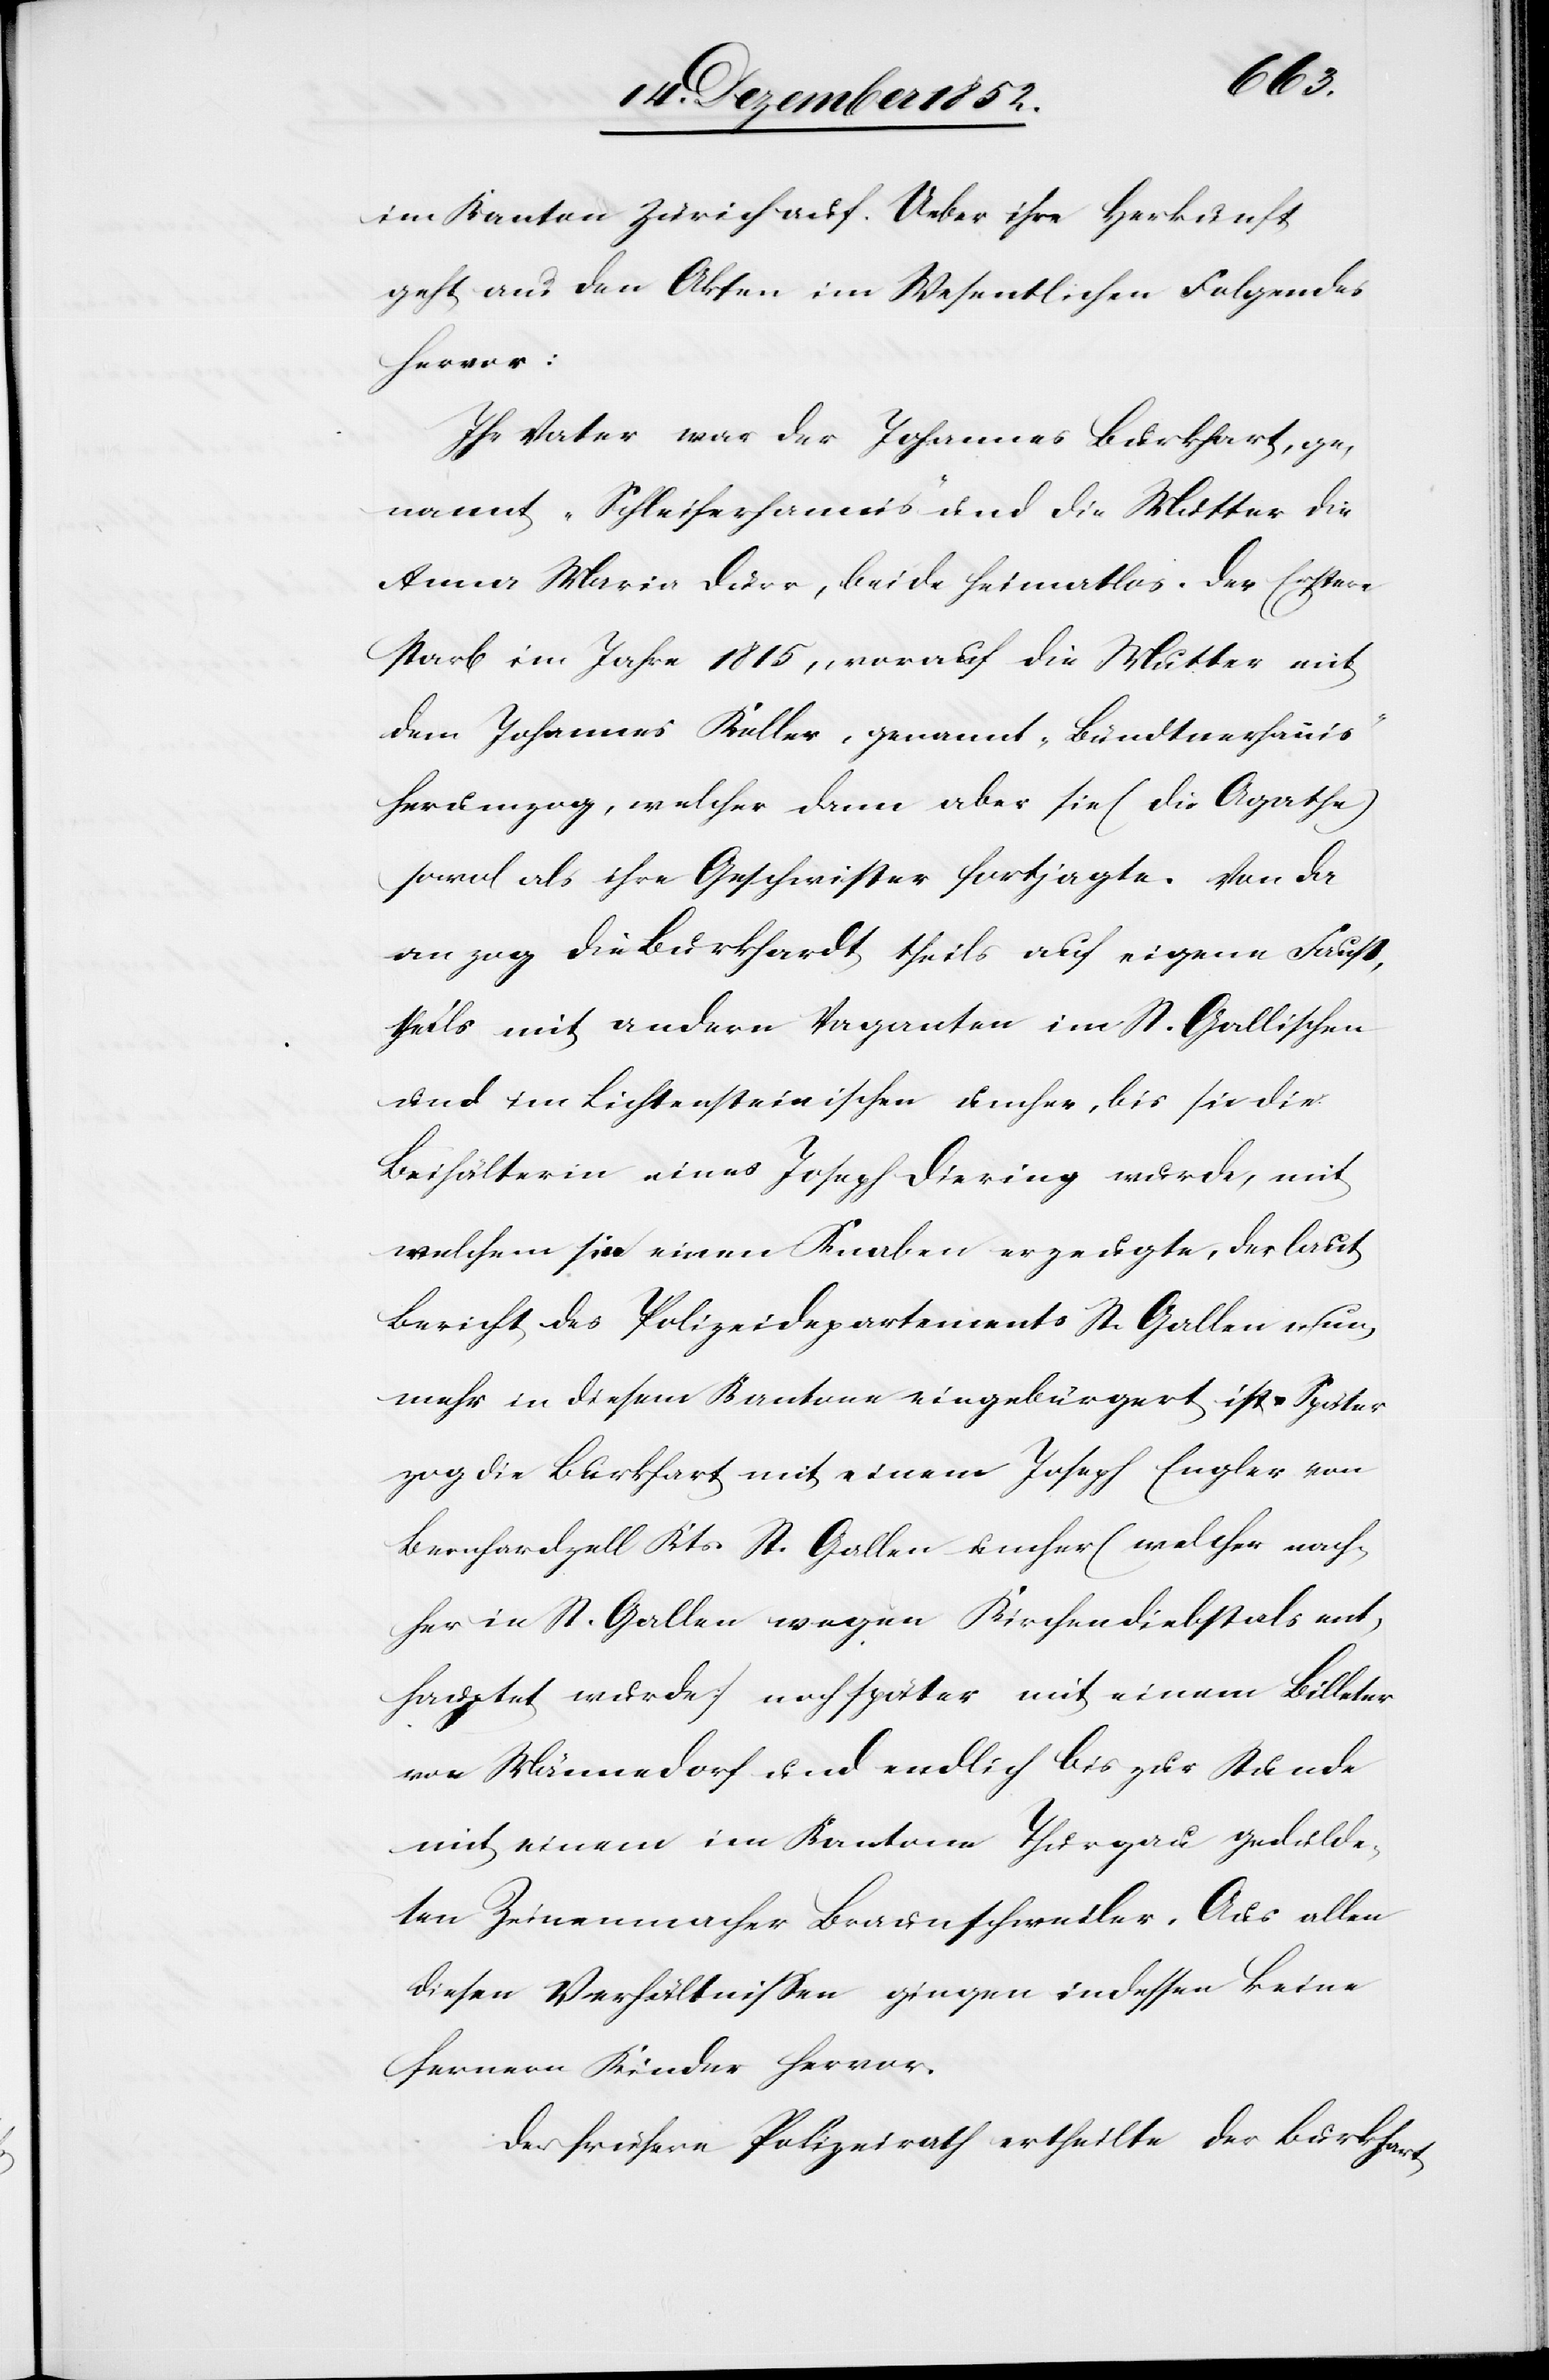
im Kanton Zürich auf. Ueber ihre Herkunft
geht aus den Akten im Wesentlichen Folgendes
hervor:
Ihr Vater war der Johannes Burkhart, ge¬
nannt „Schleiferhannis“ und die Mutter die
Anna Maria Dürr, beide heimatlos. Der Erstere
starb im Jahre 1815, worauf die Mutter mit
dem Johannes Keller, genannt „Bündtnerhannis“
herumzog, welcher dann aber sie (die Agathe)
sowol als ihre Geschwister fortjagte. Von da
an zog die Burkhardt theils auf eigene Faust,
theils mit andern Vaganten im St. Gallischen
und im Lichtensteinischen umher, bis sie die
Beihälterin eines Joseph Diering wurde, mit
welchem sie einen Knaben erzeugte, der laut
Bericht des Polizeidepartements St. Gallen nun¬
mehr in diesem Kantone eingebürgert ist. Später
zog die Burkhart mit einem Joseph Engler von
Bernhardzell Kts St. Gallen umher (welcher nach¬
her in St. Gallen wegen Kirchendiebstals ent¬
hauptet wurde) noch später mit einem Billeter
von Männedorf und endlich bis zur Stunde
mit einem im Kantone Thurgau gedulde¬
ten Zeinenmacher Braunschweiler. Aus allen
diesen Verhältnissen gingen indessen keine
fernern Kinder hervor.
Der frühere Polizeirath ertheilt der Burkhart